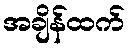
အချိန်ထက်